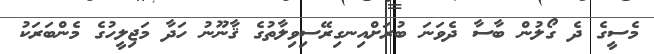
މެސީގެ ދެ ގޯލުން ބާސާ ދެވަނަ ބުރަށްއިނގިރޭސިވިލާތުގެ ޤާނޫނު ހަދާ މަޖިލީހުގެ މެންބަރަކު